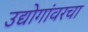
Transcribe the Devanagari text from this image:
उद्योगांवरचा